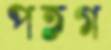
পতগ